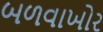
બળવાખોર